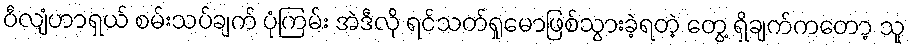
ဝီလျံဟာရှယ် စမ်းသပ်ချက် ပုံကြမ်း အဲဒီလို ရင်သတ်ရှုမောဖြစ်သွားခဲ့ရတဲ့ တွေ့ ရှိချက်ကတော့ သူ